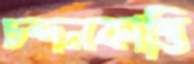
চন্দনকান্তি